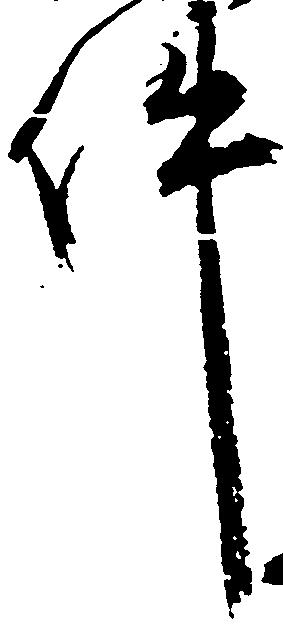
件